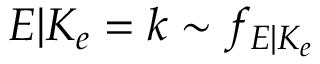
E | K _ { e } = k \sim f _ { E | K _ { e } }